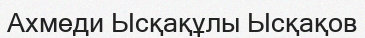
Ахмеди Ысқақұлы Ысқақов